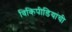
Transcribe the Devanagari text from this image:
विकिपीडियांची